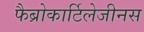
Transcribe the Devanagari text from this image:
फैब्रोकार्टिलेजीनस